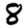
Digit: 8